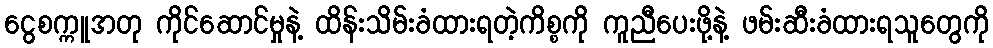
ငွေစက္ကူအတု ကိုင်ဆောင်မှုနဲ့ ထိန်းသိမ်းခံထားရတဲ့ကိစ္စကို ကူညီပေးဖို့နဲ့ ဖမ်းဆီးခံထားရသူတွေကို